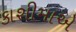
કાશીમાએ